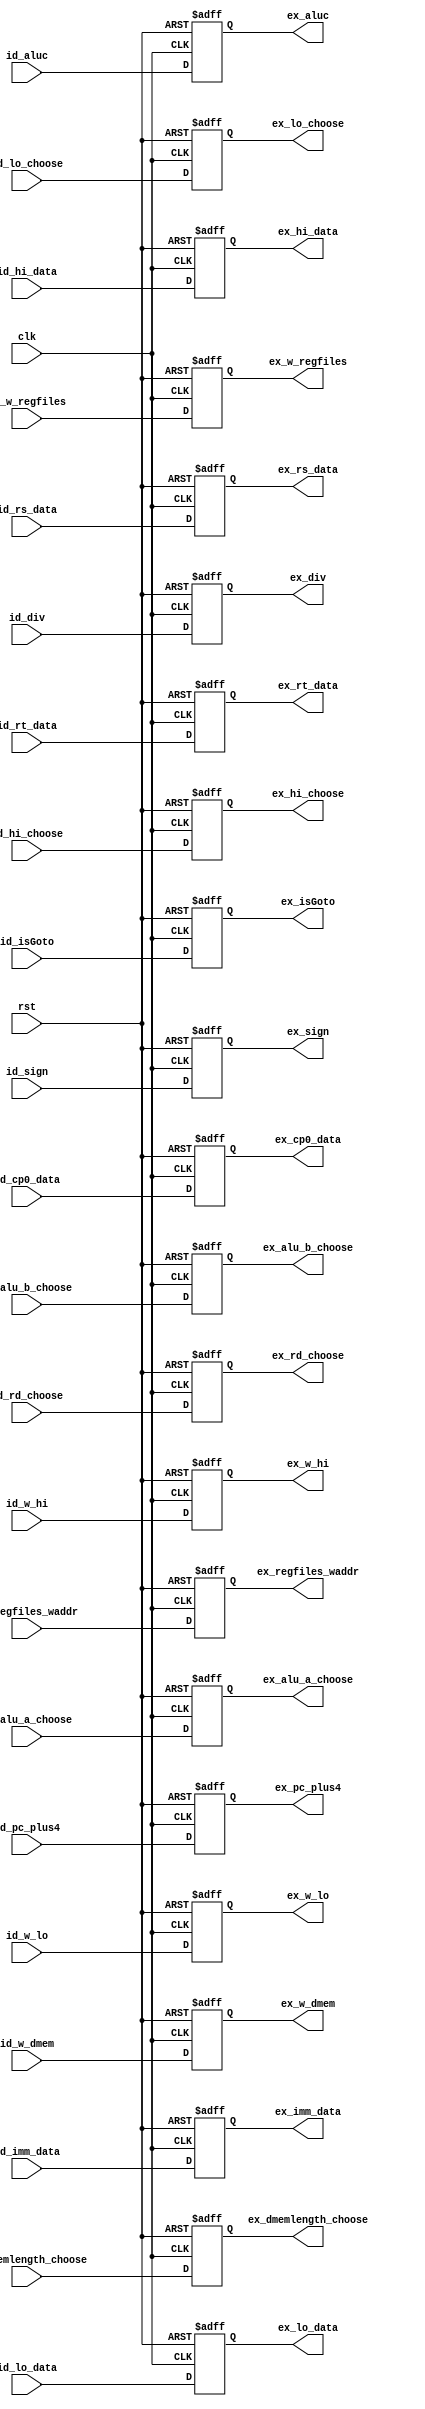
`timescale 1ns / 1ps
//////////////////////////////////////////////////////////////////////////////////
// Company: 
// Engineer: 
// 
// Design Name: 
// Module Name: ID_EX
// Project Name: 
// Target Devices: 
// Tool Versions: 
// Description: 
// 
// Dependencies: 
// 
// Revision:
// Revision 0.01 - File Created
// Additional Comments:
// 
//////////////////////////////////////////////////////////////////////////////////

/***************************************
ID/EX
***************************************/

module ID_EX(
    input clk,
    input rst,
    /*********ID**********/
    input [31:0] id_pc_plus4,//imempc
    //regfiles
    input [31:0] id_rs_data,
    input [31:0] id_rt_data,
    //
    input [31:0] id_imm_data,//
    input [31:0] id_cp0_data,
    input [31:0] id_hi_data,
    input [31:0] id_lo_data,

    input [4:0] id_regfiles_waddr,//
    //
    input id_w_regfiles,
    input id_w_hi,
    input id_w_lo,
    input id_w_dmem,
    input id_isGoto,
    //
    input id_sign,id_div,
    
    //
    input [3:0] id_aluc,
    input id_alu_a_choose,id_alu_b_choose,
    input [1:0] id_dmemlength_choose,
    input [1:0] id_hi_choose,
    input [1:0] id_lo_choose,
    input [2:0] id_rd_choose,//

    /*********IF*********/
    output reg [31:0] ex_pc_plus4,//imempc
    //regfiles
    output reg [31:0] ex_rs_data,
    output reg [31:0] ex_rt_data,
    //
    output reg [31:0] ex_imm_data,//
    output reg [31:0] ex_cp0_data,
    output reg [31:0] ex_hi_data,
    output reg [31:0] ex_lo_data,

    output reg [4:0] ex_regfiles_waddr,//
    //
    output reg ex_w_regfiles,
    output reg ex_w_hi,
    output reg ex_w_lo,
    output reg ex_w_dmem,
    output reg ex_isGoto,
    //
    output reg ex_sign,ex_div,
    
    //
    output reg [3:0] ex_aluc,
    output reg ex_alu_a_choose,ex_alu_b_choose,
    output reg [1:0] ex_dmemlength_choose,
    output reg [1:0] ex_hi_choose,
    output reg [1:0] ex_lo_choose,
    output reg [2:0] ex_rd_choose//
    );

    always @ (posedge clk or posedge rst)begin
        if(rst)begin
            ex_pc_plus4 <= 32'b0; 
            //regfiles
            ex_rs_data <= 32'b0; 
            ex_rt_data <= 32'b0; 
            //
            ex_imm_data <= 32'b0; 
            ex_cp0_data <= 32'b0; 
            ex_hi_data <= 32'b0; 
            ex_lo_data <= 32'b0; 

            ex_regfiles_waddr <= 5'b0; 
            //
            ex_w_regfiles <= 1'b0; 
            ex_w_hi <= 1'b0; 
            ex_w_lo <= 1'b0; 
            ex_w_dmem <= 1'b0; 
            ex_isGoto <= 1'b0; 
            //
            ex_sign <= 1'b0; 
            ex_div <= 1'b0; 
    
            //
            ex_aluc <= 4'b0; 
            ex_alu_a_choose <= 1'b0; 
            ex_alu_b_choose <= 1'b0; 
            ex_dmemlength_choose <= 2'b0; 
            ex_hi_choose <= 2'b0; 
            ex_lo_choose <= 2'b0; 
            ex_rd_choose <= 3'b0; 
        end

        else begin
            ex_pc_plus4 <= id_pc_plus4; 
            //regfiles
            ex_rs_data <= id_rs_data; 
            ex_rt_data <= id_rt_data; 
            //
            ex_imm_data <= id_imm_data; 
            ex_cp0_data <= id_cp0_data; 
            ex_hi_data <= id_hi_data; 
            ex_lo_data <= id_lo_data; 

            ex_regfiles_waddr <= id_regfiles_waddr; 
            //
            ex_w_regfiles <= id_w_regfiles; 
            ex_w_hi <= id_w_hi; 
            ex_w_lo <= id_w_lo; 
            ex_w_dmem <= id_w_dmem; 
            ex_isGoto <= id_isGoto; 
            //
            ex_sign <= id_sign; 
            ex_div <= id_div; 
    
            //
            ex_aluc <= id_aluc; 
            ex_alu_a_choose <= id_alu_a_choose; 
            ex_alu_b_choose <= id_alu_b_choose; 
            ex_dmemlength_choose <= id_dmemlength_choose; 
            ex_hi_choose <= id_hi_choose; 
            ex_lo_choose <= id_lo_choose; 
            ex_rd_choose <= id_rd_choose; 
        end
    end
endmodule